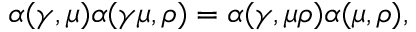
\alpha ( \gamma , \mu ) \alpha ( \gamma \mu , \rho ) = \alpha ( \gamma , \mu \rho ) \alpha ( \mu , \rho ) ,